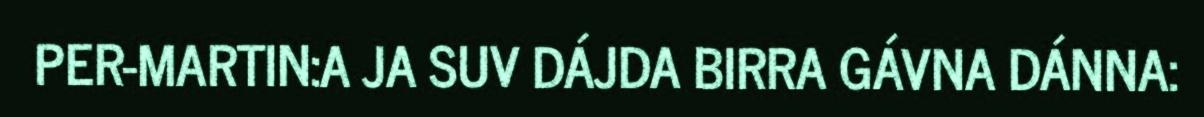
PER-MARTIN:A JA SUV DÁJDA BIRRA GÁVNA DÁNNA: